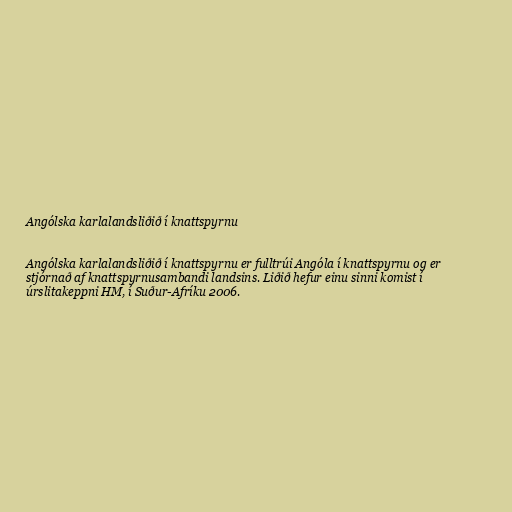
Angólska karlalandsliðið í knattspyrnu

Angólska karlalandsliðið í knattspyrnu er fulltrúi Angóla í knattspyrnu og er
stjórnað af knattspyrnusambandi landsins. Liðið hefur einu sinni komist í
úrslitakeppni HM, í Suður-Afríku 2006.